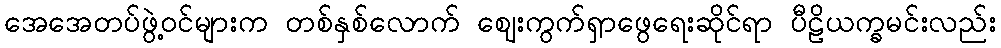
အေအေတပ်ဖွဲ့ဝင်များက တစ်နှစ်လောက် ဈေးကွက်ရှာဖွေရေးဆိုင်ရာ ပီဠိယက္ခမင်းလည်း